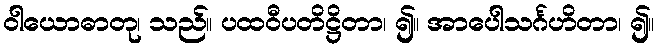
ဝါယောဓာတု၊ သည်။ ပထဝီပတိဋ္ဌိတာ၊ ၍။ အာပေါသင်္ဂဟိတာ၊ ၍။